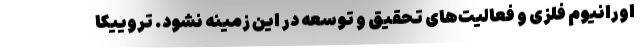
اورانیوم فلزی و فعالیت‌های تحقیق و توسعه در این زمینه نشود. تروییکا